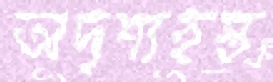
অদৃশ্যহস্ত